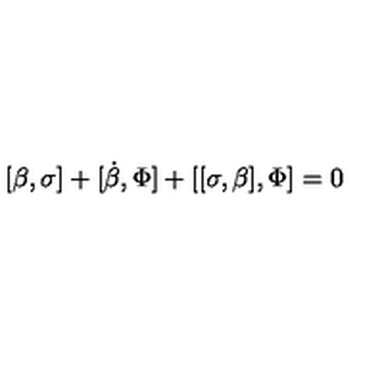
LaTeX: [ \beta , \sigma ] + [ \dot { \beta } , \Phi ] + [ [ \sigma , \beta ] , \Phi ] = 0